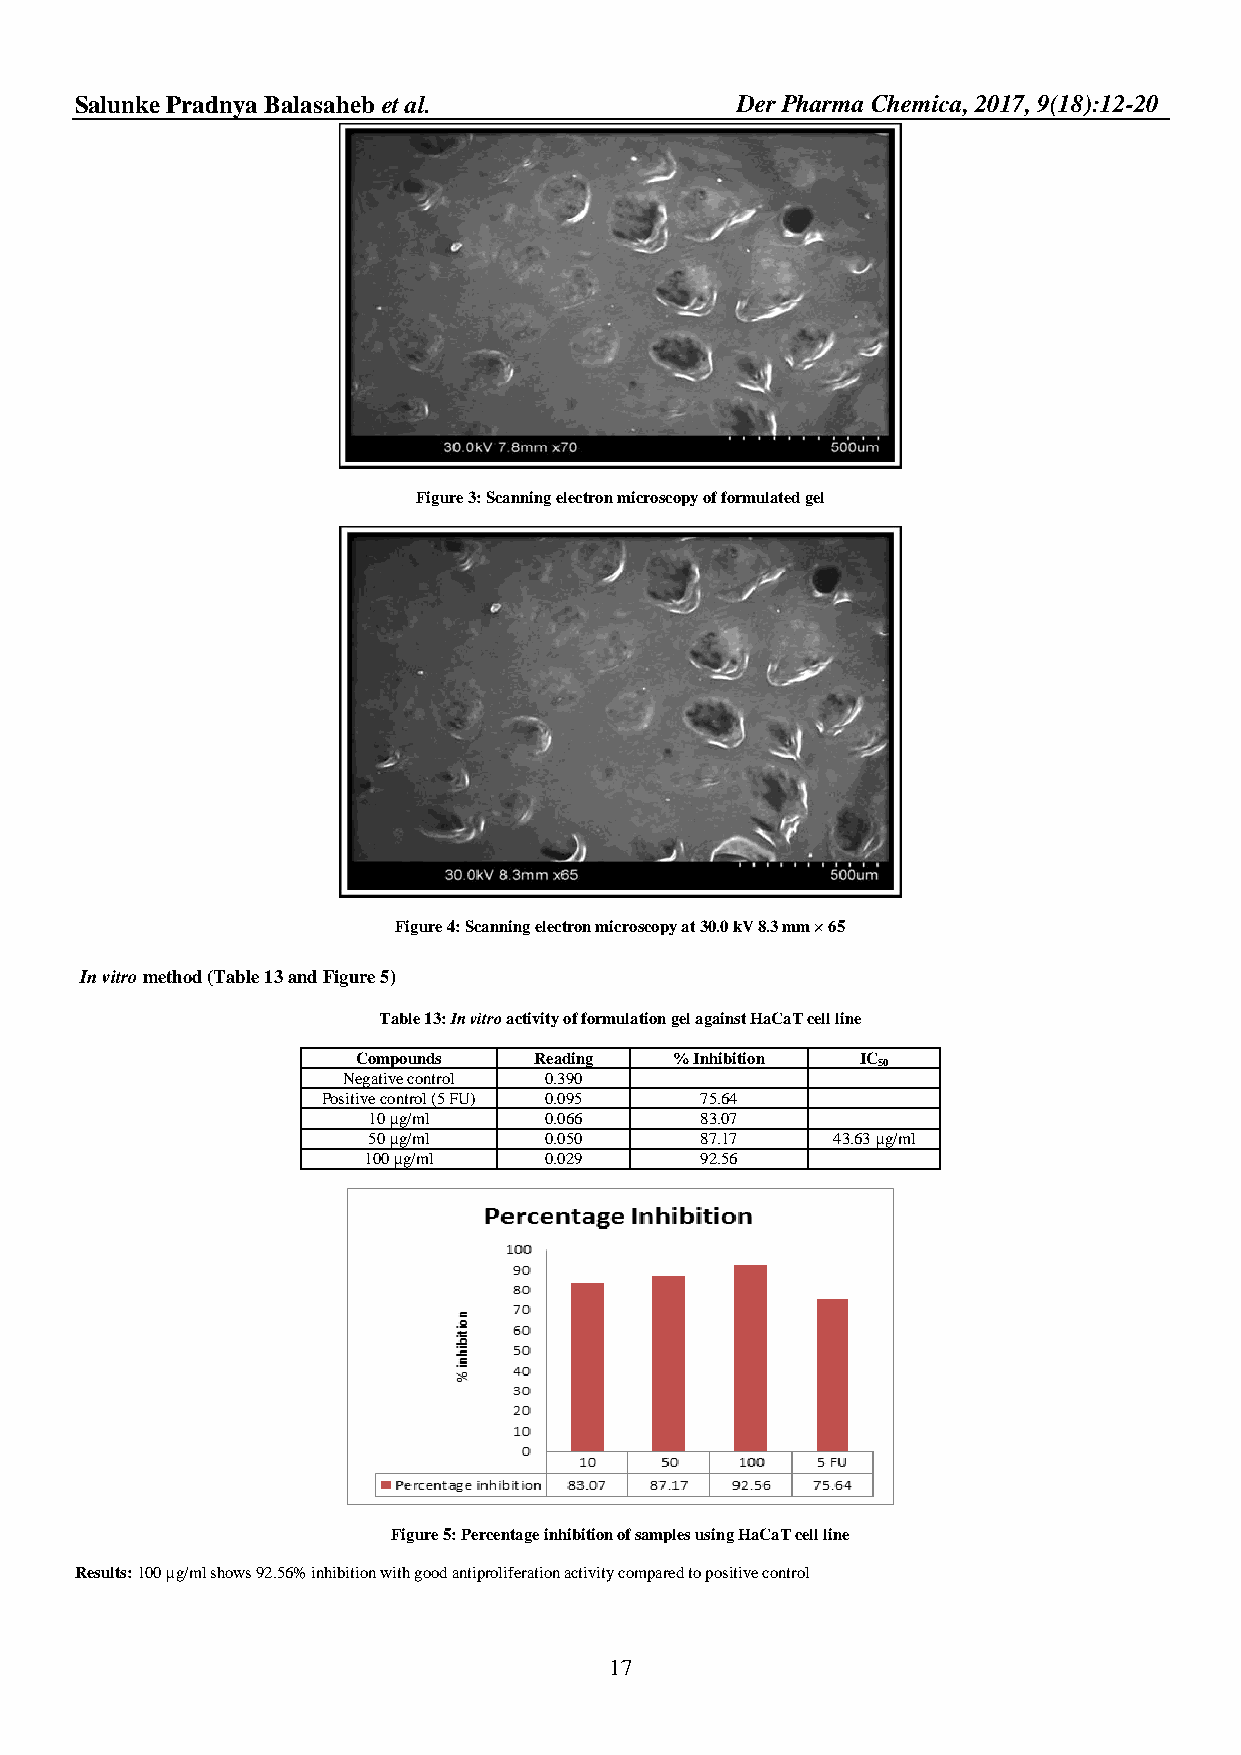
Salun ke Pradnya Balasaheb et al.           Der Pharma Chemica, 2017, 9(18):12-20
 Figure 3: Scanning electron microscopy of formulated gel
 Figure 4: Scanning electron microscopy at 30.0 kV 8.3 mm × 65
 In vitro method (Table 13 and Figure 5)
 Table 13: In vitro activity of formulation gel against HaCaT cell line
 Compounds  Reading   % Inhibition IC
 50
 Negative control 0.390
 Positive control (5 FU) 0.095 75.64
 10 µg/ml    0.066     83.07
 50 µg/ml    0.050     87.17    43.63 µg/ml
 100 µg/ml   0.029     92.56
 Figure 5: Percentage inhibition of samples using HaCaT cell line
 Results: 100 µg/ml shows 92.56% inhibition with good antiproliferation activity compared to positive control
 17